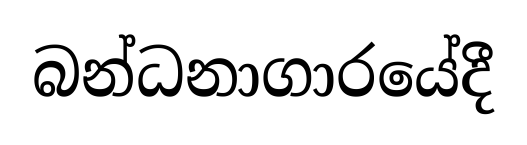
බන්ධනාගාරයේදී